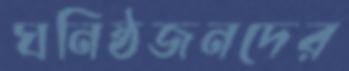
ঘনিষ্ঠজনদের